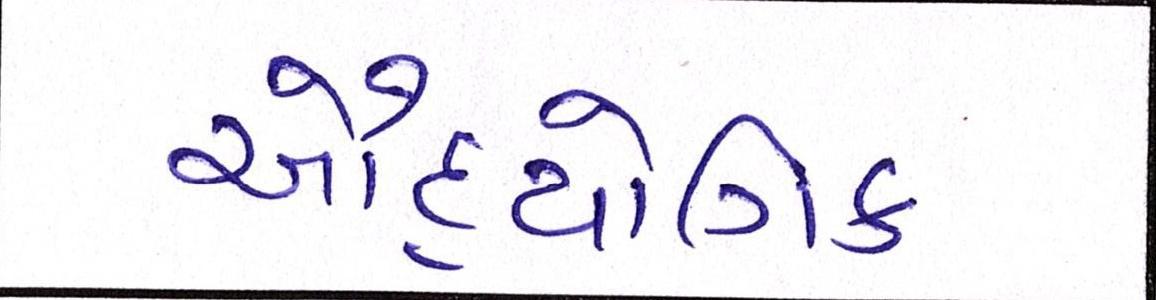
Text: ઔદ્યોગિક